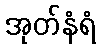
အုတ်နံရံ